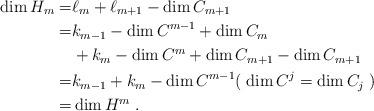
LaTeX: \begin{align*} \dim H_{m} =& \ell_{m} + \ell_{m+1} - \dim C_{m+1} \\ =& k_{m-1} - \dim C^{m-1} + \dim C_{m} \\& + k_{m} - \dim C^{m} + \dim C_{m+1} - \dim C_{m+1} \\ =& k_{m-1} + k_{m} - \dim C^{m-1} ( \; \dim C^j= \dim C_j \;)\\ =& \dim H^{m} \;. \end{align*}